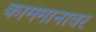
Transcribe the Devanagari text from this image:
काममानावर